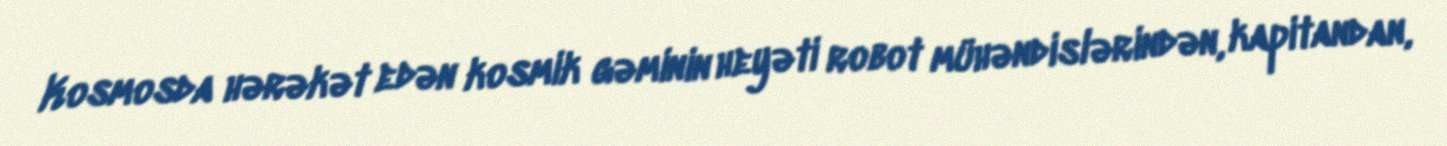
Kosmosda hərəkət edən kosmik gəminin heyəti robot mühəndislərindən, kapitandan,